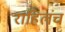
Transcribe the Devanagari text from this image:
राहिलंच